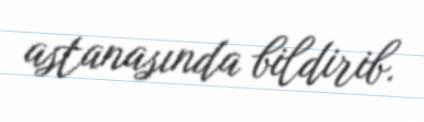
astanasında bildirib.